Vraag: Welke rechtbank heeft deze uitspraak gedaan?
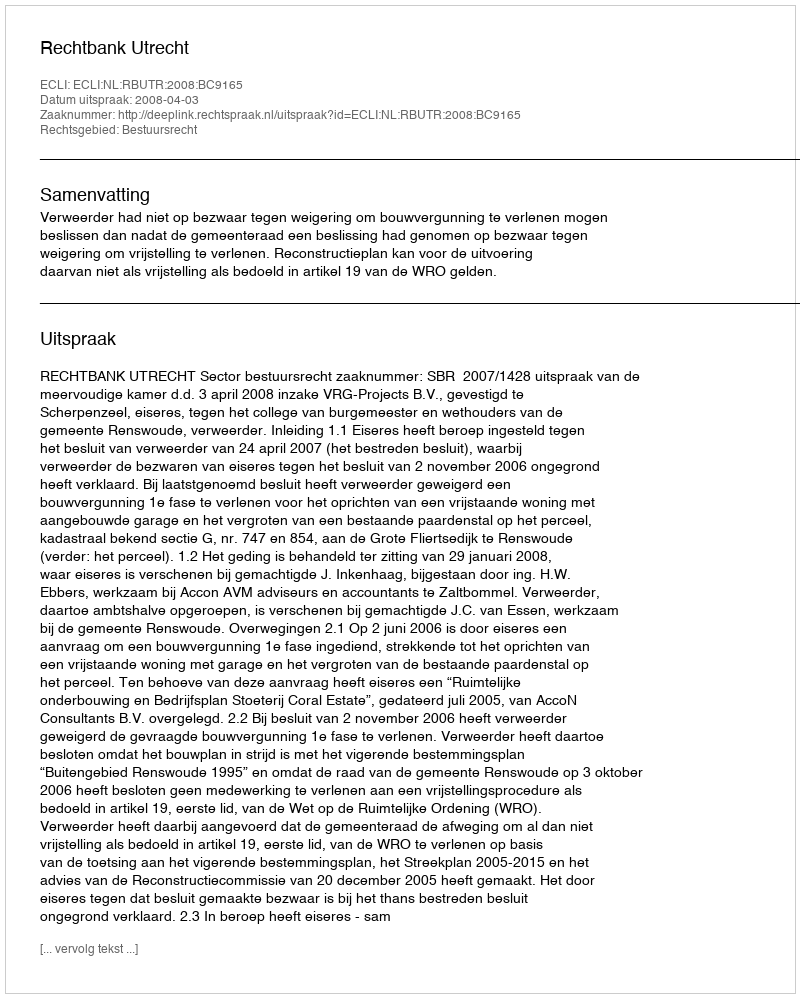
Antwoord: Rechtbank Utrecht